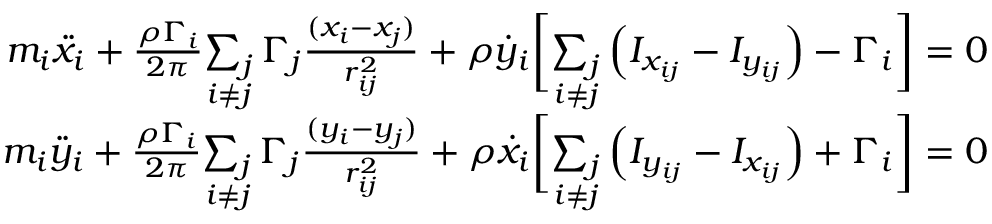
\begin{array} { r } { m _ { i } \ddot { x } _ { i } + \frac { \rho \Gamma _ { i } } { 2 \pi } \underset { i \neq j } { \sum _ { j } } \, \Gamma _ { j } \frac { ( x _ { i } - x _ { j } ) } { r _ { i j } ^ { 2 } } + \rho \dot { y } _ { i } \biggr [ \underset { i \neq j } { \sum _ { j } } \left( I _ { x _ { i j } } - I _ { y _ { i j } } \right) - \Gamma _ { i } \biggr ] = 0 } \\ { m _ { i } \ddot { y } _ { i } + \frac { \rho \Gamma _ { i } } { 2 \pi } \underset { i \neq j } { \sum _ { j } } \, \Gamma _ { j } \frac { ( y _ { i } - y _ { j } ) } { r _ { i j } ^ { 2 } } + \rho \dot { x } _ { i } \biggr [ \underset { i \neq j } { \sum _ { j } } \left( I _ { y _ { i j } } - I _ { x _ { i j } } \right) + \Gamma _ { i } \biggr ] = 0 } \end{array}